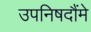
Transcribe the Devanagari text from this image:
उपनिषदौंमे